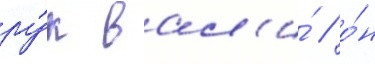
ру́к вал'и́ / о́н